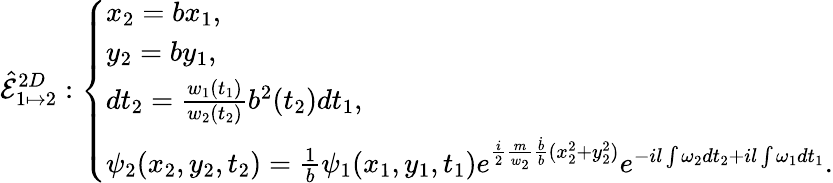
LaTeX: \hat{\mathcal{E}}_{1\mapsto 2}^{2D}:\left\{ \begin{array}{ll}{x_{2}=bx_{1},}\\ {y_{2}=by_{1},}\\ {dt_{2}=\frac{w_{1}(t_{1})}{w_{2}(t_{2})}b^{2}(t_{2})dt_{1},}\\ {\psi_{2}(x_{2},y_{2},t_{2})=\frac{1}{b}\psi_{1}(x_{1},y_{1},t_{1})e^{\frac{i}{2}\frac{m}{w_{2}}\frac{\dot{b}}{b}(x_{2}^{2}+y_{2}^{2})}e^{-il\int\omega_{2}dt_{2}+il\int\omega_{1}dt_{1}}.}\end{array}\right.